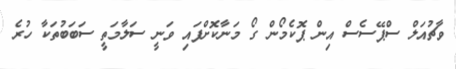
ވާޗުއަލް ސްޕޭސެސް އިން ޕޮކެމޯން ގޯ މަނާކޮށްފައި ވަނީ ސަލާމަތީ ސަބަބުތަކާ ހުރެ